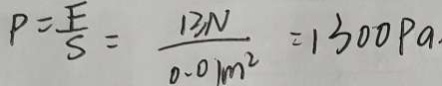
P = \frac { F } { S } = \frac { 1 3 N } { 0 . 0 1 m ^ { 2 } } = 1 3 0 0 P a